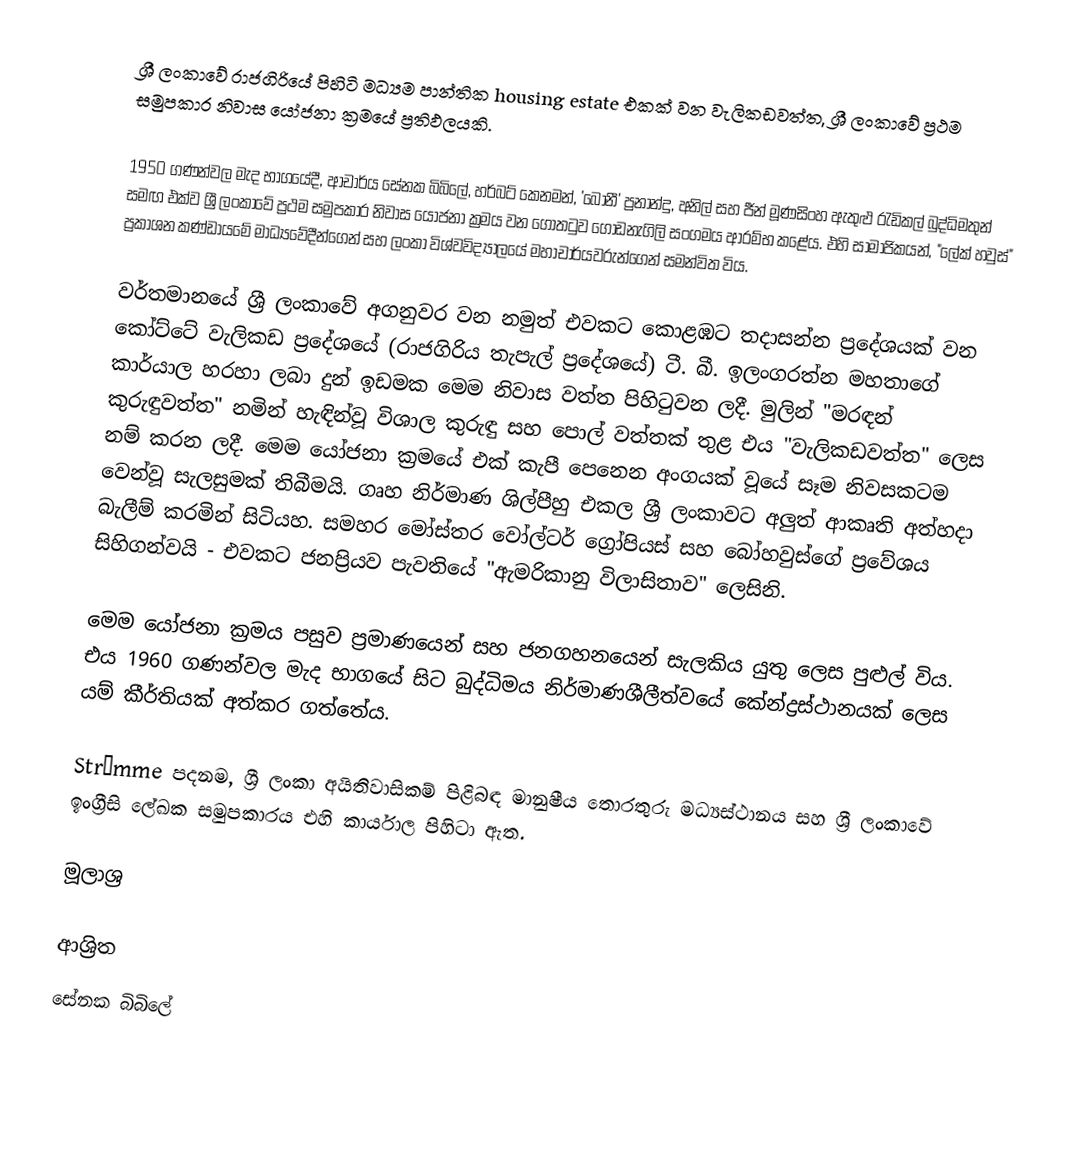
ශ්‍රී ලංකාවේ රාජගිරියේ පිහිටි මධ්‍යම පාන්තික housing estate එකක් වන වැලිකඩවත්ත, ශ්‍රී ලංකාවේ ප්‍රථම සමුපකාර නිවාස යෝජනා ක්‍රමයේ ප්‍රතිඵලයකි.

1950 ගණන්වල මැද භාගයේදී, ආචාර්ය සේනක බිබිලේ, හර්බට් කෙනමන්, 'බොනී' ප්‍රනාන්දු, අනිල් සහ ජීන් මූණසිංහ ඇතුළු රැඩිකල් බුද්ධිමතුන් සමඟ එක්ව ශ්‍රී ලංකාවේ ප්‍රථම සමුපකාර නිවාස යෝජනා ක්‍රමය වන ගොතටුව ගොඩනැගිලි සංගමය ආරම්භ කළේය. එහි සාමාජිකයන්, "ලේක් හවුස්" ප්‍රකාශන කණ්ඩායමේ මාධ්‍යවේදීන්ගෙන් සහ ලංකා විශ්වවිද්‍යාලයේ මහාචාර්යවරුන්ගෙන් සමන්විත විය.

වර්තමානයේ ශ්‍රී ලංකාවේ අගනුවර වන නමුත් එවකට කොළඹට තදාසන්න ප්‍රදේශයක් වන කෝට්ටේ වැලිකඩ ප්‍රදේශයේ (රාජගිරිය තැපැල් ප්‍රදේශයේ) ටී. බී. ඉලංගරත්න මහතාගේ කාර්යාල හරහා ලබා දුන් ඉඩමක මෙම නිවාස වත්ත පිහිටුවන ලදී. මුලින් "මරඳන් කුරුඳුවත්ත" නමින් හැඳින්වූ විශාල කුරුඳු සහ පොල් වත්තක් තුළ එය "වැලිකඩවත්ත" ලෙස නම් කරන ලදී. මෙම යෝජනා ක්‍රමයේ එක් කැපී පෙනෙන අංගයක් වූයේ සෑම නිවසකටම වෙන්වූ සැලසුමක් තිබීමයි. ගෘහ නිර්මාණ ශිල්පීහු එකල ශ්‍රී ලංකාවට අලුත් ආකෘති අත්හදා බැලීම් කරමින් සිටියහ. සමහර මෝස්තර වෝල්ටර් ග්‍රෝපියස් සහ බෝහවුස්ගේ ප්‍රවේශය සිහිගන්වයි - එවකට ජනප්‍රියව පැවතියේ "ඇමරිකානු විලාසිතාව" ලෙසිනි.

මෙම යෝජනා ක්‍රමය පසුව ප්‍රමාණයෙන් සහ ජනගහනයෙන් සැලකිය යුතු ලෙස පුළුල් විය. එය 1960 ගණන්වල මැද භාගයේ සිට බුද්ධිමය නිර්මාණශීලීත්වයේ කේන්ද්‍රස්ථානයක් ලෙස යම් කීර්තියක් අත්කර ගත්තේය.

Strømme පදනම, ශ්‍රී ලංකා අයිතිවාසිකම් පිළිබඳ මානුෂීය තොරතුරු මධ්‍යස්ථානය සහ ශ්‍රී ලංකාවේ ඉංග්‍රීසි ලේඛක සමුපකාරය එහි කාර්යාල පිහිටා ඇත.

මූලාශ්‍ර

ආශ්‍රිත
 සේනක බිබිලේ